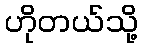
ဟိုတယ်သို့